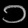
Digit: ၁